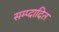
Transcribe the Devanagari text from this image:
सम्प्दादित